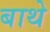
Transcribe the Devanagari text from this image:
बाथे